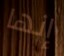
إنها